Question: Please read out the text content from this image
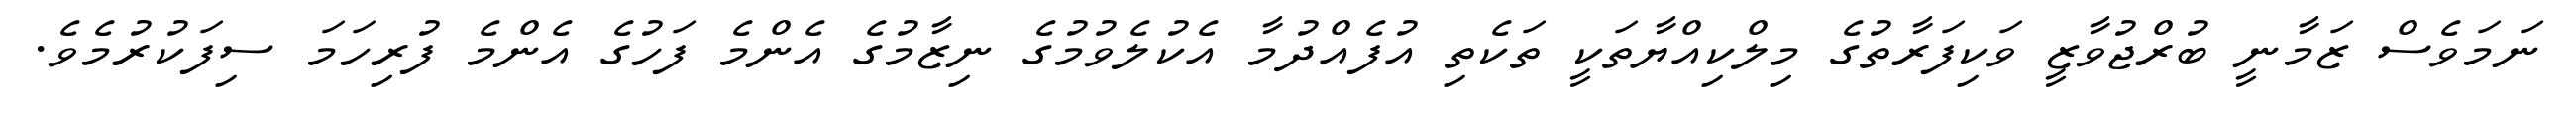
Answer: ނަމަވެސް ޒަމާނީ ބުރްޖުވާޒީ ވަކިފަރާތުގެ މިލްކިއްޔާތަކީ ތަކެތި އުފެއްދުމާ އެކުލެވުމުގެ ނިޒާމުގެ އެންމެ ފަހުގެ އެންމެ ފުރިހަމަ ސިފަކުރުމެވެ.